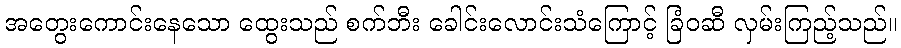
အတွေးကောင်းနေသော ထွေးသည် စက်ဘီး ခေါင်းလောင်းသံကြောင့် ခြံဝဆီ လှမ်းကြည့်သည်။